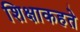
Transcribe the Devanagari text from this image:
शिक्षाकहते